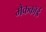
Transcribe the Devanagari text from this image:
मैककॉर्ड